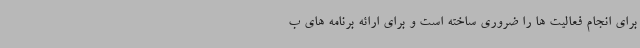
برای انجام فعالیت ها را ضروری ساخته است و برای ارائه برنامه های ب